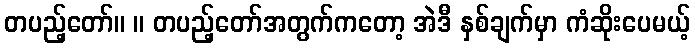
တပည့်တော်။ ။ တပည့်တော်အတွက်ကတော့ အဲဒီ နှစ်ချက်မှာ ကံဆိုးပေမယ့်